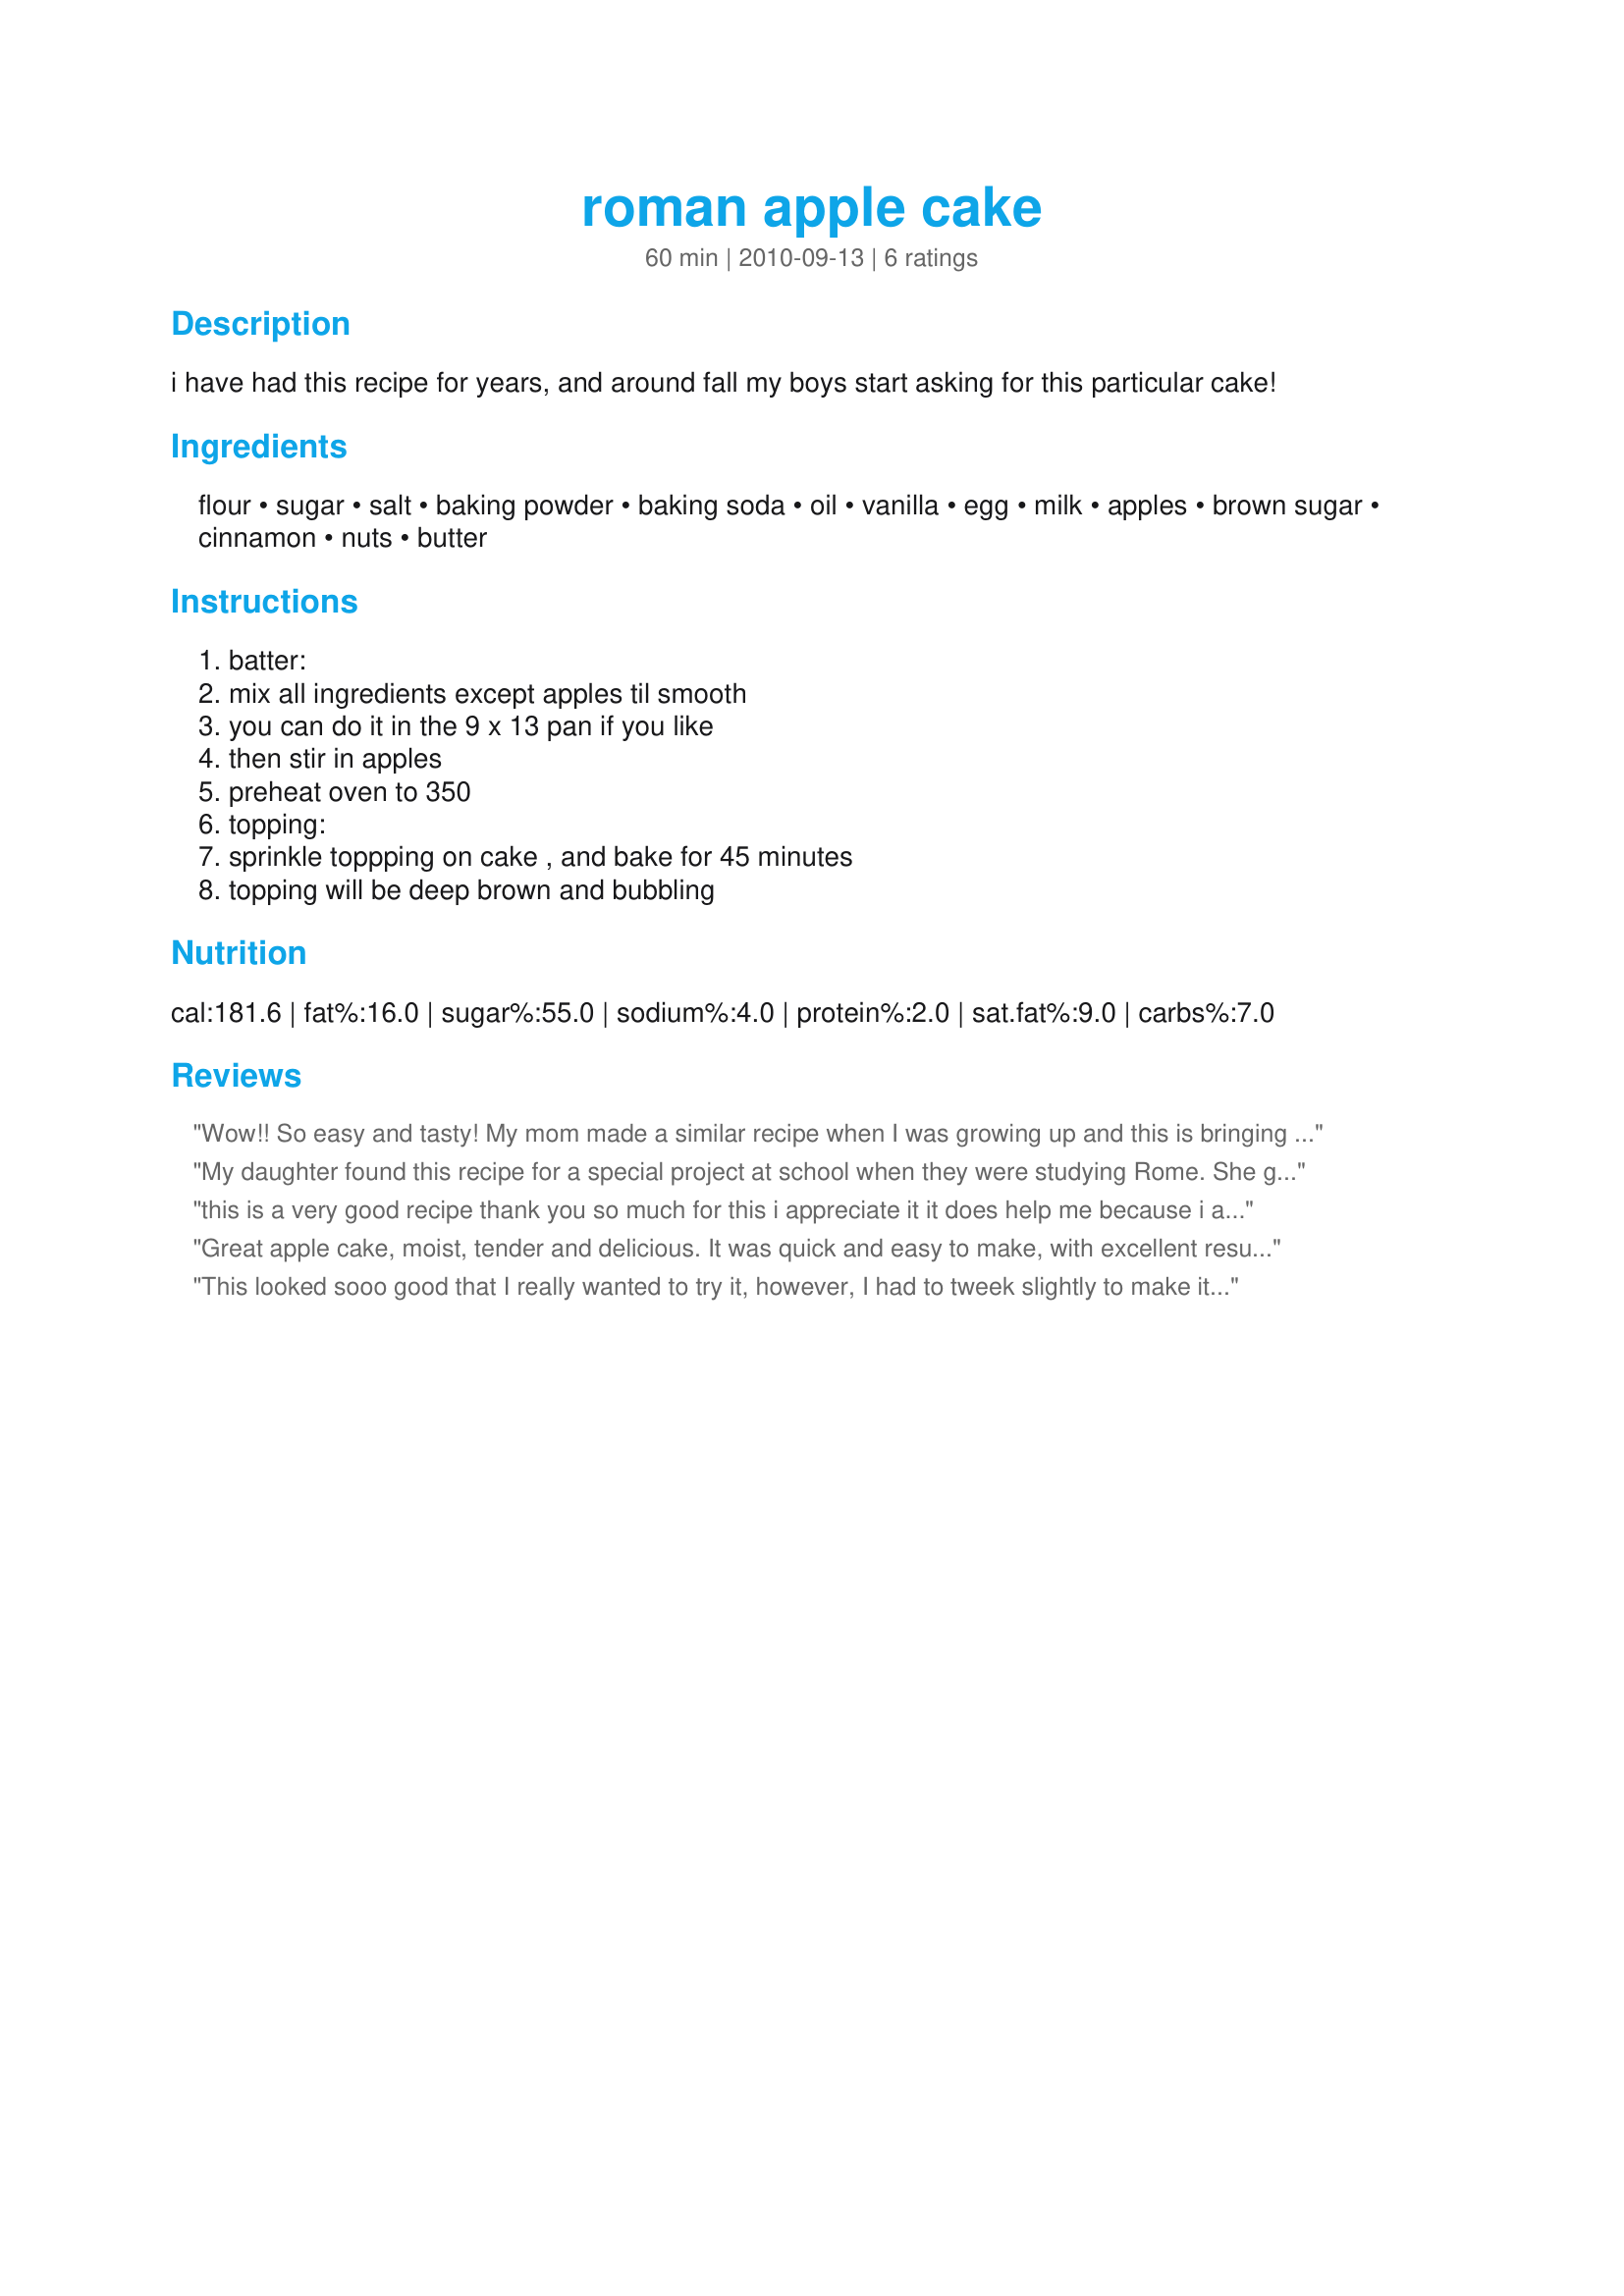
roman apple cake
Preparation time: 60 minutes

i have had this recipe for years, and around fall my boys start asking for this particular cake!

Ingredients:
flour, sugar, salt, baking powder, baking soda, oil, vanilla, egg, milk, apples, brown sugar, cinnamon, nuts, butter

Steps:
batter:, mix all ingredients except apples til smooth, you can do it in the 9 x 13 pan if you like, then stir in apples, preheat oven to 350, topping:, sprinkle toppping on cake , and bake for 45 minutes, topping will be deep brown and bubbling

Reviews:
Wow!! So easy and tasty! My mom made a similar recipe when I was growing up and this is bringing back some good memories :) I made it in a bundt pan though and things seemed to go well
My daughter found this recipe for a special project at school when they were studying Rome. She got an A and she has made it countless amounts of time since. We double the topping which makes it even more yummy!! Thanks!!!!!
this is a very good recipe thank you so much for this i appreciate it it does help me because i am going to be a culinary chef in warren tech when i am older thank you and i hope in the future i can make a recipe and post it on here thank you p.s i brought this for a school competition last year this is my second time making it made march 13 2017
Great apple cake, moist, tender and delicious. It was quick and easy to make, with excellent results. The flavor is lovely. I cut the recipe in half and it made a perfect cake for two. Made for What's on the Menu? Tag Game
This looked sooo good that I really wanted to try it, however, I had to tweek slightly to make it gluten free; I replaced ordinary flour with my own gf flour mix #438139 and 1/2 a teaspoon of xanthan gum and it was as delicious as I expected it to be. Thank you for sharing.
